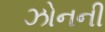
ઝોનની